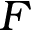
F